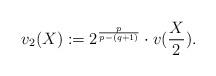
LaTeX: \begin{align*}v_2(X) := 2^{\frac{p}{p- (q+1)}} \cdot v(\frac{X}{2}).\end{align*}